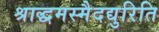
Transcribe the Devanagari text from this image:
श्राद्धमस्मैदद्युरिति